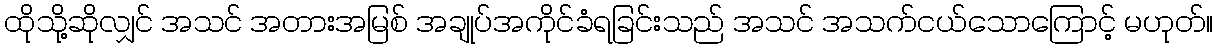
ထိုသို့ဆိုလျှင် အသင် အတားအမြစ် အချုပ်အကိုင်ခံရခြင်းသည် အသင် အသက်ငယ်သောကြောင့် မဟုတ်။